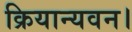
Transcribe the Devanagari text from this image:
क्रियान्यवन।